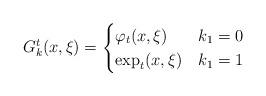
LaTeX: \begin{align*}G_k^t(x,\xi)=\begin{cases}\varphi_t(x,\xi)&k_1=0\\\exp_t(x,\xi)&k_1=1\end{cases}\end{align*}